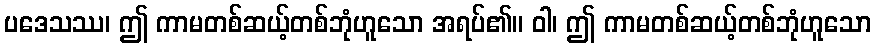
ပဒေသဿ၊ ဤ ကာမတစ်ဆယ့်တစ်ဘုံဟူသော အရပ်၏။ ဝါ၊ ဤ ကာမတစ်ဆယ့်တစ်ဘုံဟူသော